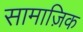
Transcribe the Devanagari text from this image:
सामाज़िक